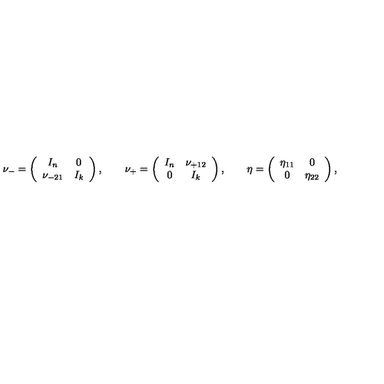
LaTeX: \nu _ { - } = \left( \begin{array} { c c } { I _ { n } } & { 0 } \\ { \nu _ { - 2 1 } } & { I _ { k } } \\ \end{array} \right) , \qquad \nu _ { + } = \left( \begin{array} { c c } { I _ { n } } & { \nu _ { + 1 2 } } \\ { 0 } & { I _ { k } } \\ \end{array} \right) , \qquad \eta = \left( \begin{array} { c c } { \eta _ { 1 1 } } & { 0 } \\ { 0 } & { \eta _ { 2 2 } } \\ \end{array} \right) ,